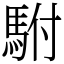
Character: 駙